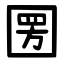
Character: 圐